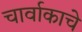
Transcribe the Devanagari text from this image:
चार्वाकाचे